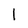
Character: l